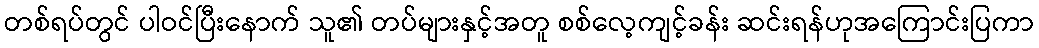
တစ်ရပ်တွင် ပါဝင်ပြီးနောက် သူ၏ တပ်များနှင့်အတူ စစ်လေ့ကျင့်ခန်း ဆင်းရန်ဟုအကြောင်းပြကာ